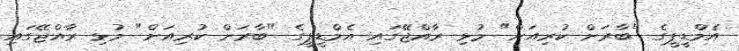
އެމްޑީޕީގެ "ބާރަށް ކުރިއަށް" މުޅި ރާއްޖޭގައި އެމްޑީޕީގެ "ބާރަށް ކުރިއަށް" މުޅި ރާއްޖޭގައި